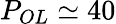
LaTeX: P_{OL}\simeq 40